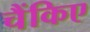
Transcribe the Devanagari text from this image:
चैंकिए